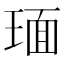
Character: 𬍵